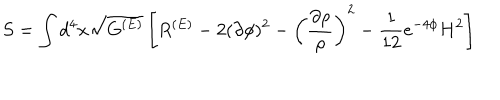
LaTeX: S = \int d ^ { 4 } x \sqrt { G ^ { ( E ) } } \left[ R ^ { ( E ) } - 2 ( \partial \phi ) ^ { 2 } - \left( \frac { \partial \rho } { \rho } \right) ^ { 2 } - \frac { 1 } { 1 2 } e ^ { - 4 \phi } H ^ { 2 } \right]